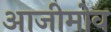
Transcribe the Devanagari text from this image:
आजीमोव